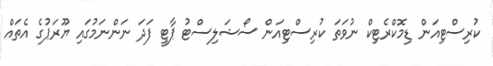
ކުރިސްޓިއަން ޑިމޮކްރެޓިކް ނުވަތަ ކުރިސްޓިއަން ސޯޝަލިސްޓު ޕާޓީ ފަދަ ނަންނަމުގައި ޔޫރަޕުގެ އެތައް